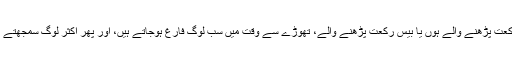
اب صورتحال یہ ہے کہ آٹھ رکعت پڑھنے والے ہوں یا بیس رکعت پڑھنے والے، تھوڑے سے وقت میں سب لوگ فارغ ہوجاتے ہیں، اور پھر اکثر لوگ سمجھتے ہیں کہ قیام لیل کا حق ادا ہوگیا۔